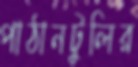
পাঠানটুলির